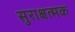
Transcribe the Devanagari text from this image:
सुराक्षत्मक